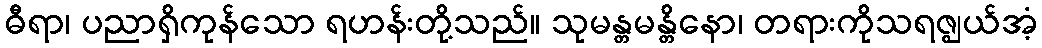
ဓီရာ၊ ပညာရှိကုန်သော ရဟန်းတို့သည်။ သုမန္တမန္တိနော၊ တရားကိုသရဇ္ဈယ်အံ့